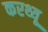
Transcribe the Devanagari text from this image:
करथ्यू